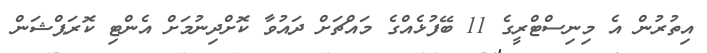
އިތުރުން އެ މިނިސްޓްރީގެ 11 ބޭފުޅެއްގެ މައްޗަށް ދައުވާ ކޮށްދިނުމަށް އެންޓި ކޮރަޕްޝަން